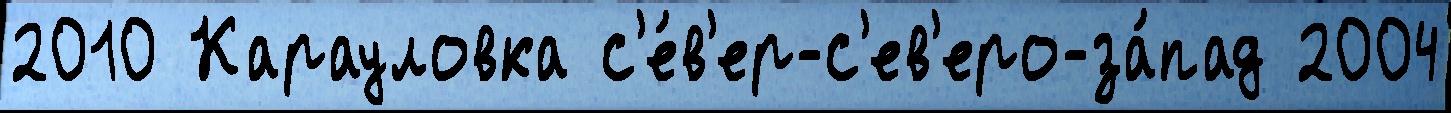
2010 Карауловка с'е́в'ер-с'ев'еро-за́пад 2004